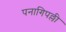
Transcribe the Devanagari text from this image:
पनागिपल्ली